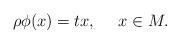
LaTeX: \begin{align*}\rho\phi(x)=tx,\ \ \ \ x\in M.\end{align*}